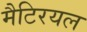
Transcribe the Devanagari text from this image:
मैटिरयल